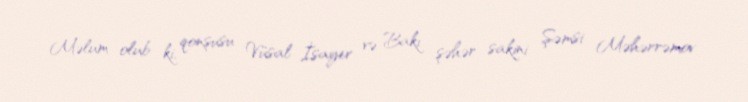
Məlum olub ki, qonşusu Vüsal İsayev və Bakı şəhər sakini Şəmsi Məhərrəmov